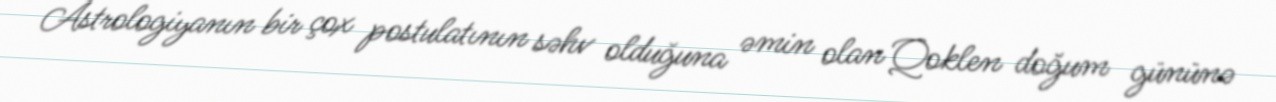
Astrologiyanın bir çox postulatının səhv olduğuna əmin olan Qoklen doğum gününə